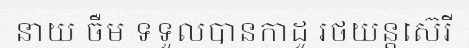
នាយ ចឺម ទទួលបានកាដូ រថយន្តស៊េរី